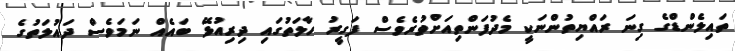
ތައިލެންޑްގެ ގިނަ ރައްޔިތުންނަކީ މެދުފަންތިއަށްވުރެވެސް ފަގީރު ހާލަތުގައި ދިރިއުޅޭ ބައެއް ނަމަވެސް ދައުލަތުގެ